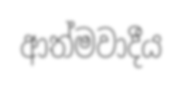
ආත්මවාදීය